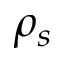
\rho _ { s }